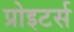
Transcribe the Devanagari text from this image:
प्रोइटर्स